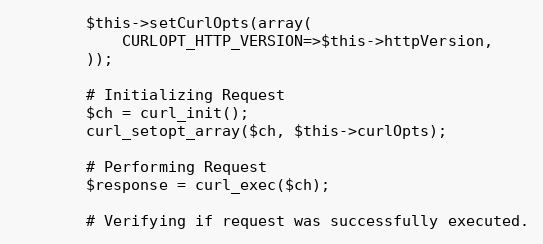
Language: PHP
		$this->setCurlOpts(array(
			CURLOPT_HTTP_VERSION=>$this->httpVersion,
		));

		# Initializing Request
		$ch = curl_init();
		curl_setopt_array($ch, $this->curlOpts);

		# Performing Request
		$response = curl_exec($ch);

		# Verifying if request was successfully executed.